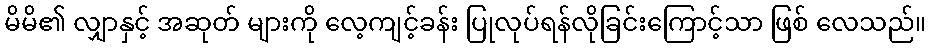
မိမိ၏ လျှာနှင့် အဆုတ် များကို လေ့ကျင့်ခန်း ပြုလုပ်ရန်လိုခြင်းကြောင့်သာ ဖြစ် လေသည်။